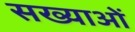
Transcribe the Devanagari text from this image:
सख्याओं